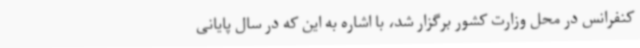
کنفرانس در محل وزارت کشور برگزار شد، با اشاره به این که در سال پایانی